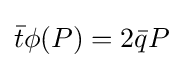
{\bar {t}}\phi (P)=2{\bar {q}}P